65_HS1-834228961_62-HQ-83894_Section_5
Agency: FBI
Page 118
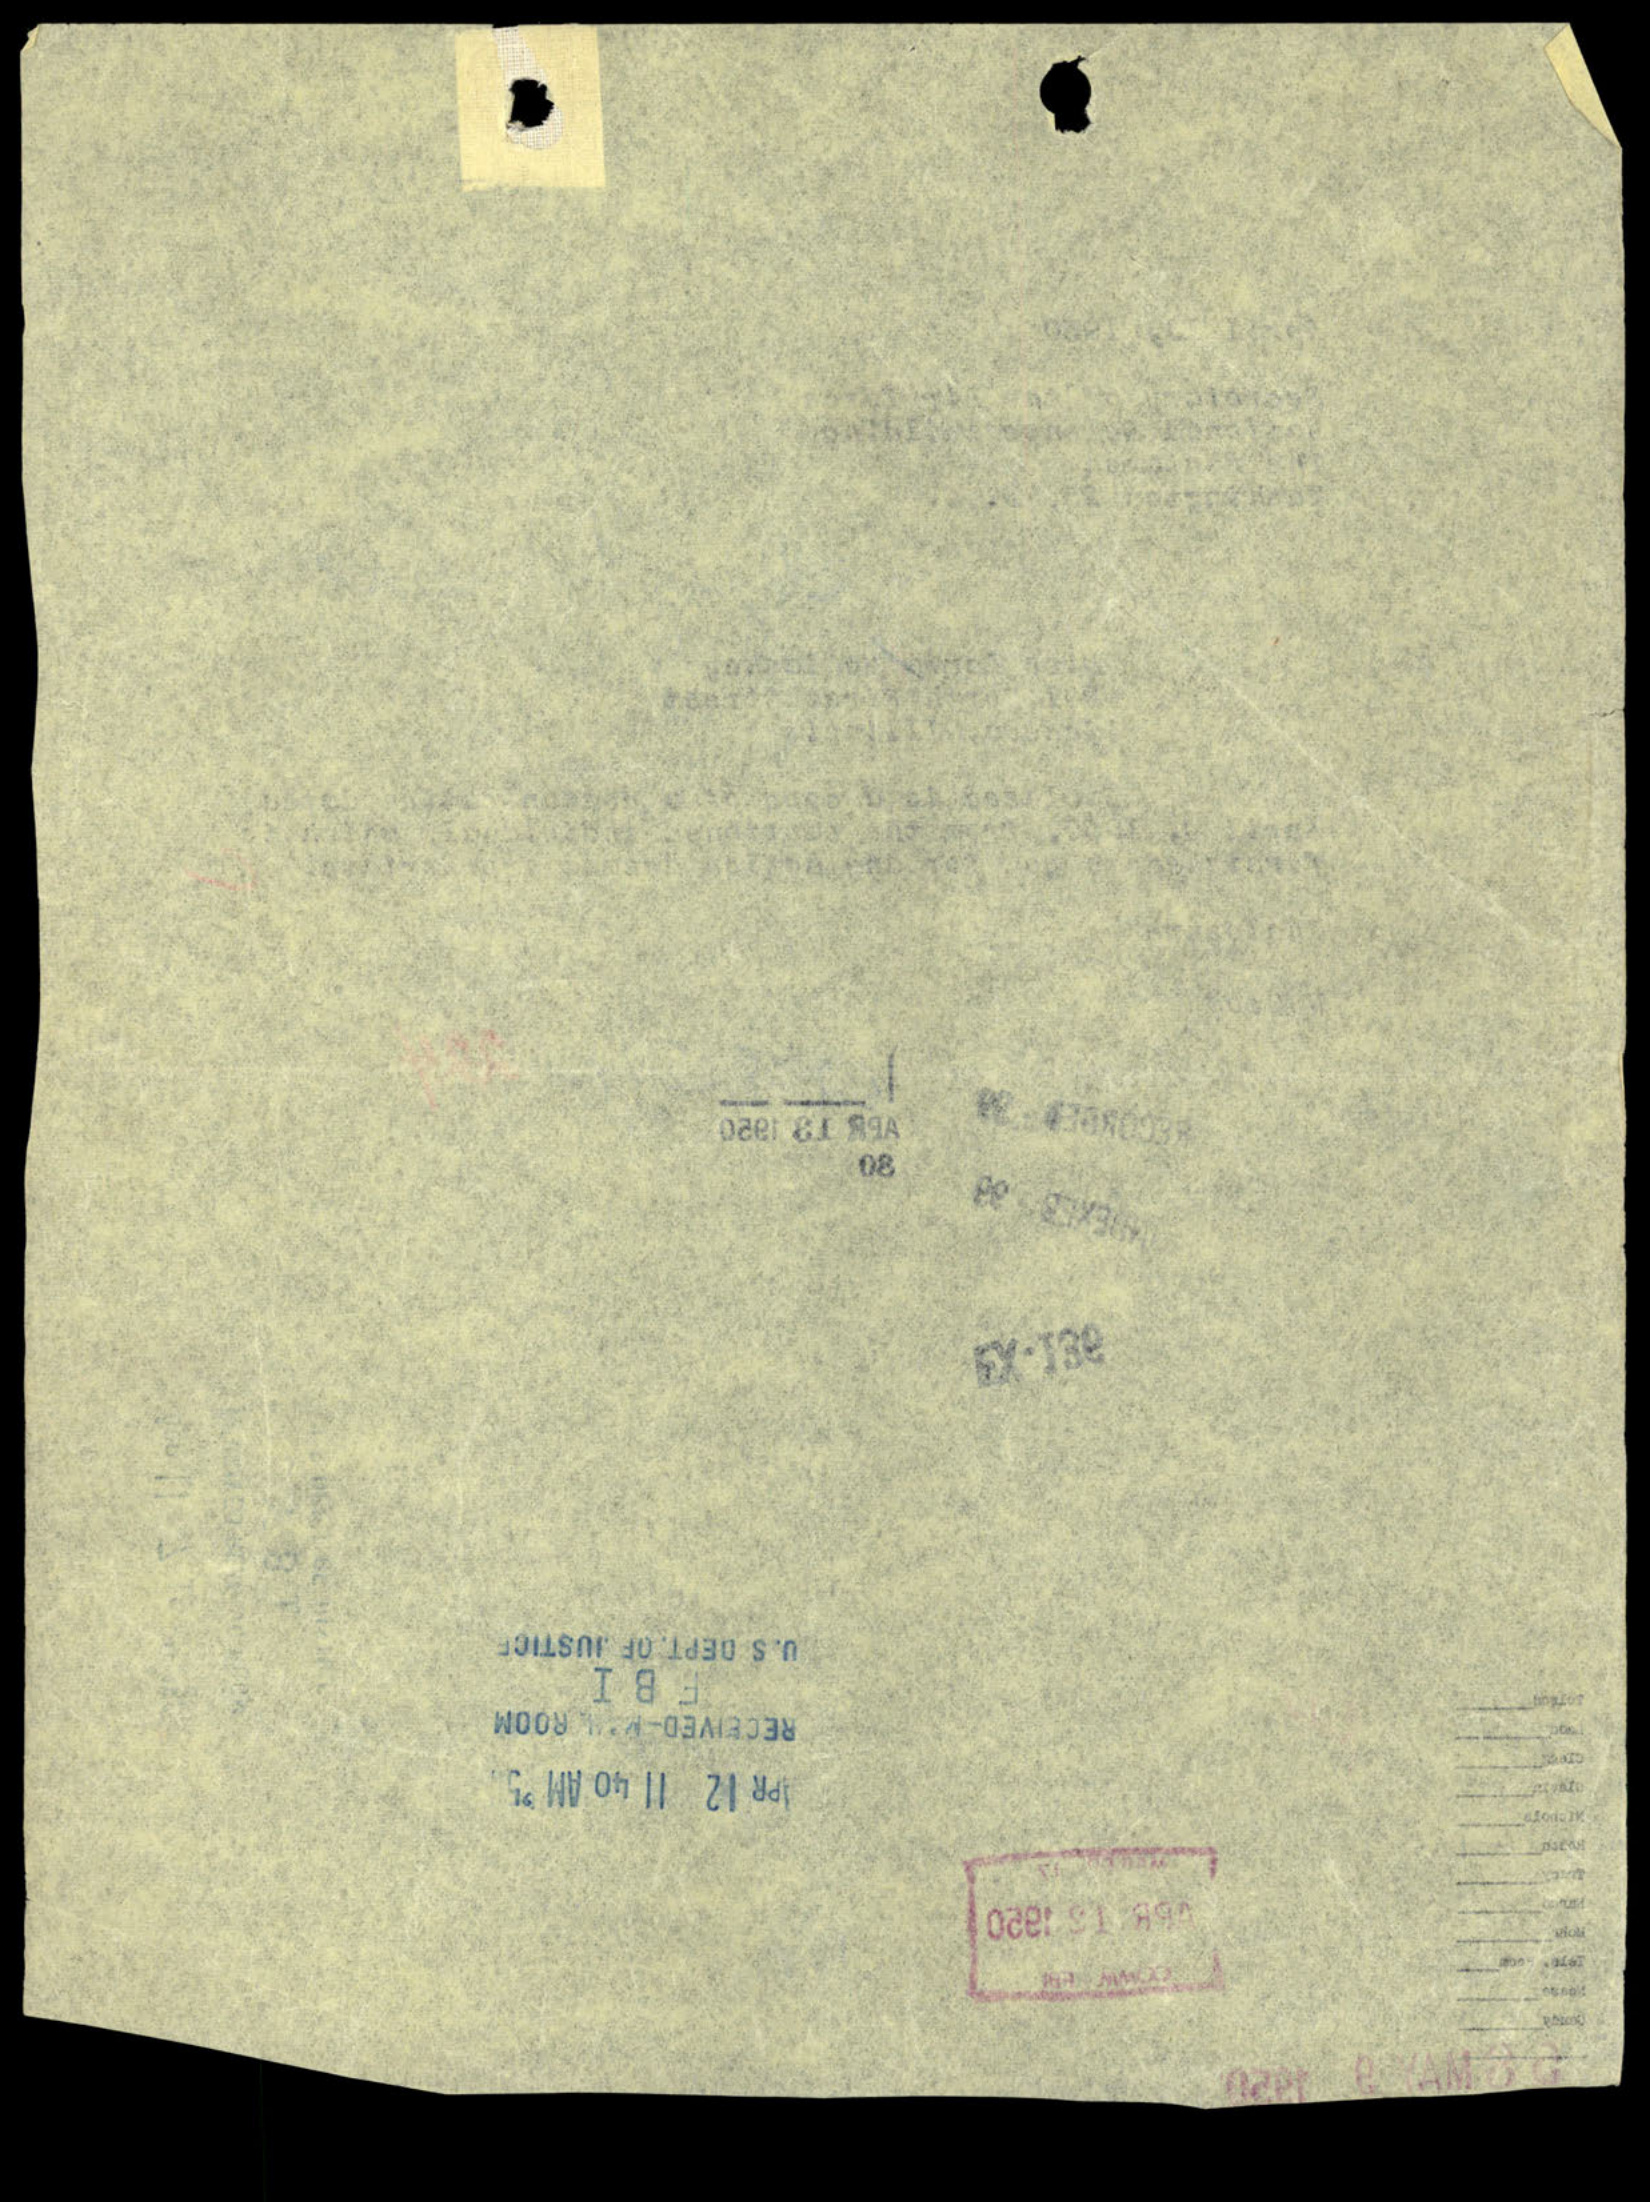